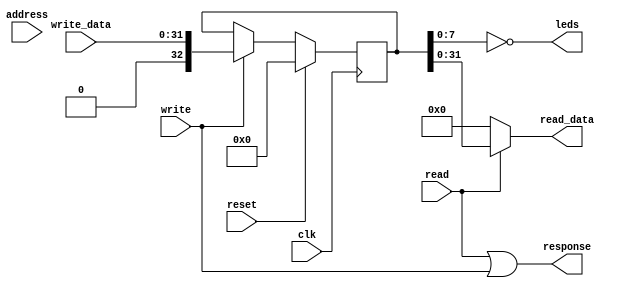
// This program was cloned from: https://github.com/JN513/Risco-5
// License: CERN Open Hardware Licence Version 2 - Permissive

module LEDs (
    input wire clk,
    input wire reset,
    input wire read,
    input wire write,
    input wire [31:0] address,
    input wire [31:0] write_data,
    output wire [31:0] read_data,
    output wire response,
    output wire [7:0] leds
);

assign response = read | write;

reg [32:0] data;

initial begin
    data = 0;
end

assign read_data = (read == 1'b1) ? data : 32'h00000000;

always @(posedge clk ) begin
    if(reset == 1'b1) begin
        data <= 1'b0;
    end else if(write) begin
        data <= write_data;
    end
end

assign leds = ~data[7:0];
    
endmodule